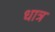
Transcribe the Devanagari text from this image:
धात्र